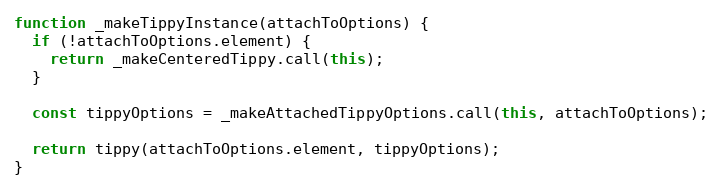
Language: JavaScript
function _makeTippyInstance(attachToOptions) {
  if (!attachToOptions.element) {
    return _makeCenteredTippy.call(this);
  }

  const tippyOptions = _makeAttachedTippyOptions.call(this, attachToOptions);

  return tippy(attachToOptions.element, tippyOptions);
}